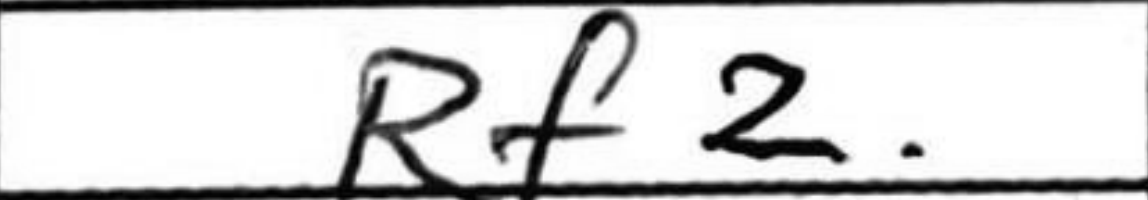
Transcription: Rf2